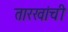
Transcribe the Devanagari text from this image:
तारखांची